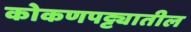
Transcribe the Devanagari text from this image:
कोकणपट्ट्यातील